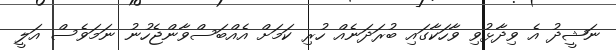
ނަޝީދު އެ ވިދާޅުވި ވާހަކާގައި ބުރަދަނެއް ހުރި ކަމަށް އެއްބަސްވާންޖެހުނު ނަމަވެސް އަލީ